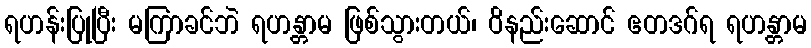
ရဟန်းပြုပြီး မကြာခင်ဘဲ ရဟန္တာမ ဖြစ်သွားတယ်၊ ဝိနည်းဆောင် ဧတဒဂ်ရ ရဟန္တာမ